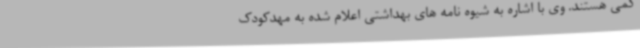
کمی هستند. وی با اشاره به شیوه نامه های بهداشتی اعلام شده به مهدکودک